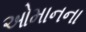
ઓમાનના